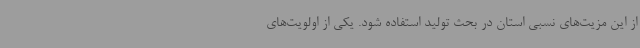
از این مزیت‌های نسبی استان در بحث تولید استفاده شود. یکی از اولویت‌های